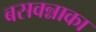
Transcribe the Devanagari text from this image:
बसवन्नाका